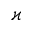
\varkappa